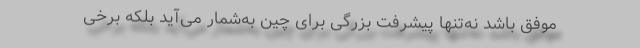
موفق باشد نه‌تنها پیشرفت بزرگی برای چین به‌شمار می‌آید بلکه برخی